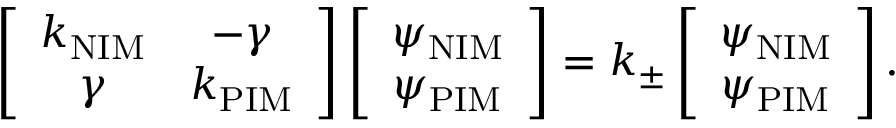
\left[ \begin{array} { c c } { k _ { \mathrm { N I M } } } & { - \gamma } \\ { \gamma } & { k _ { \mathrm { P I M } } } \end{array} \right] \left[ \begin{array} { c c } { \psi _ { \mathrm { N I M } } } \\ { \psi _ { \mathrm { P I M } } } \end{array} \right] = k _ { \pm } \left[ \begin{array} { c c } { \psi _ { \mathrm { N I M } } } \\ { \psi _ { \mathrm { P I M } } } \end{array} \right] .